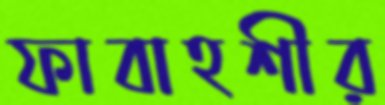
ফাবাহশীর